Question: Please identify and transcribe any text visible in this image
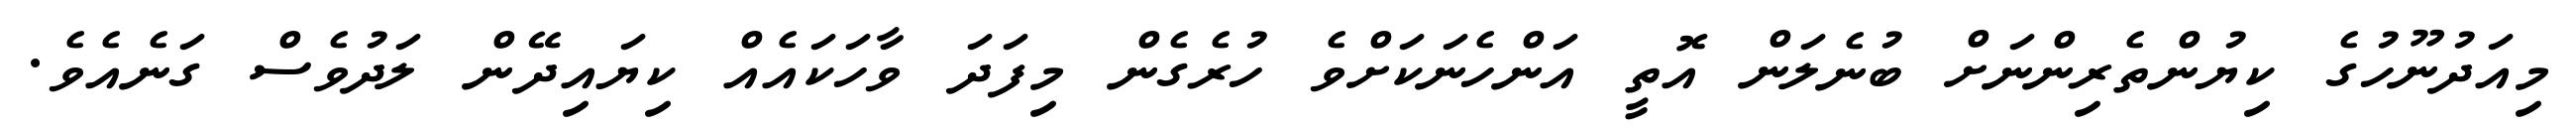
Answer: މިއަދުނޫހުގެ ކިޔުންތެރިންނަށް ބުނެލަން އޮތީ އަންހެނަކަށްވެ ހުރެގެން މިފަދަ ވާހަކައެއް ކިޔައިދޭން ލަދުވެސް ގަނެއެވެ.